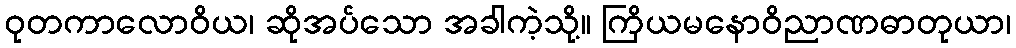
ဝုတကာလောဝိယ၊ ဆိုအပ်သော အခါကဲ့သို့။ ကြိယမနောဝိညာဏဓာတုယာ၊